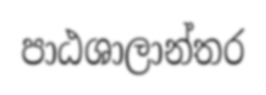
පාඨශාලාන්තර